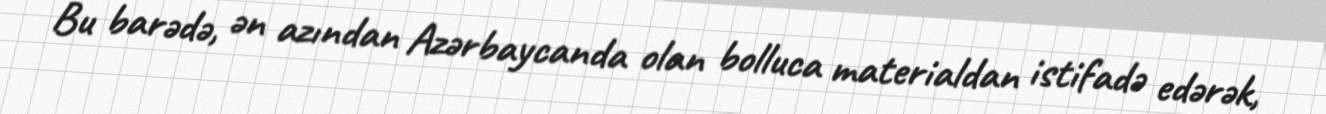
Bu barədə, ən azından Azərbaycanda olan bolluca materialdan istifadə edərək,